Vaccination in Bombay 1863-1868 - 1863-1868
Year: 1863
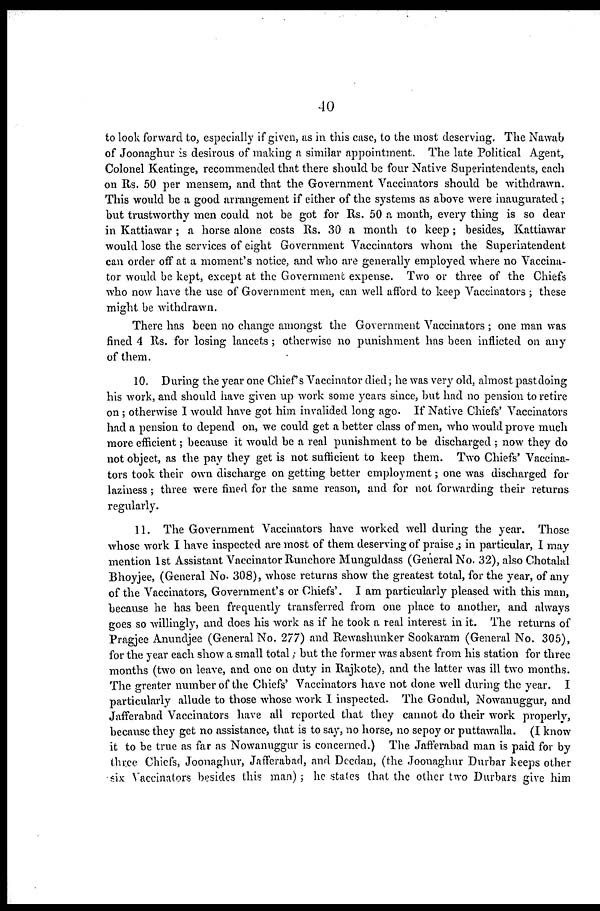
40
to look forward to, especially if given, as in this case, to the most deserving. The Nawab
of Joonaghur is desirous of making a similar appointment. The late Political Agent,
Colonel Keatinge, recommended that there should be four Native Superintendents, each
on Rs. 50 per mensem, and that the Government Vaccinators should be withdrawn.
This would be a good arrangement if either of the systems as above were inaugurated ;
but trustworthy men could not be got for Rs. 50 a month, every thing is so dear
in Kattiawar; a horse alone costs Rs. 30 a month to keep; besides, Kattiawar
would lose the services of eight Government Vaccinators whom the Superintendent
can order off at a moment's notice, and who are generally employed where no Vaccina-
tor would be kept, except at the Government expense. Two or three of the Chiefs
who now have the use of Government men, can well afford to keep Vaccinators ; these
might be withdrawn.
There has been no change amongst the Government Vaccinators ; one man was
fined 4 Rs. for losing lancets ; otherwise no punishment has been inflicted on any
of them.
10. During the year one Chief's Vaccinator died; he was very old, almost pastdoing
his work, and should have given up work some years since, but had no pension to retire
on; otherwise I would have got him invalided long ago. If Native Chiefs' Vaccinators
had a pension to depend on, we could get a better class of men, who would prove much
more efficient; because it would be a real punishment to be discharged ; now they do
not object, as the pay they get is not sufficient to keep them. Two Chiefs' Vaccina-
tors took their own discharge on getting better employment; one was discharged for
laziness ; three were fined for the same reason, and for not forwarding their returns
regularly.
11. The Government Vaccinators have worked well during the year. Those
whose work I have inspected are most of them deserving of praise ; in particular, I may
mention 1 st Assistant Vaccinator Runchore Munguldass (General No. 32), also Chotalal
Bhoyjee, (General No. 308), whose returns show the greatest total, for the year, of any
of the Vaccinators, Government's or Chiefs'. I am particularly pleased with this man,
because he has been frequently transferred from one place to another, and always
goes so willingly, and does his work as if he took a real interest in it. The returns of
Pragjee Anundjee (General No. 277) and Rewashunker Sookaram (General No. 305),
for the year each show a small total; but the former was absent from his station for three
months (two on leave, and one on duty in Rajkote), and the latter was ill two months.
The greater number of the Chiefs' Vaccinators have not done well during the year. I
particularly allude to those whose work I inspected. The Gondul, Nowanuggur, and
Jafferabad Vaccinators have all reported that they cannot do their work properly,
because they get no assistance, that is to say, no horse, no sepoy or puttawalla. (I know-
it to be true as far as Nowanuggur is concerned.) The Jafferabad man is paid for by
three Chiefs, Joonaghur, Jafferabad, and Deedan, (the Joonaghur Durbar keeps other
six Vaccinators besides this man); he states that the other two Durbars give him